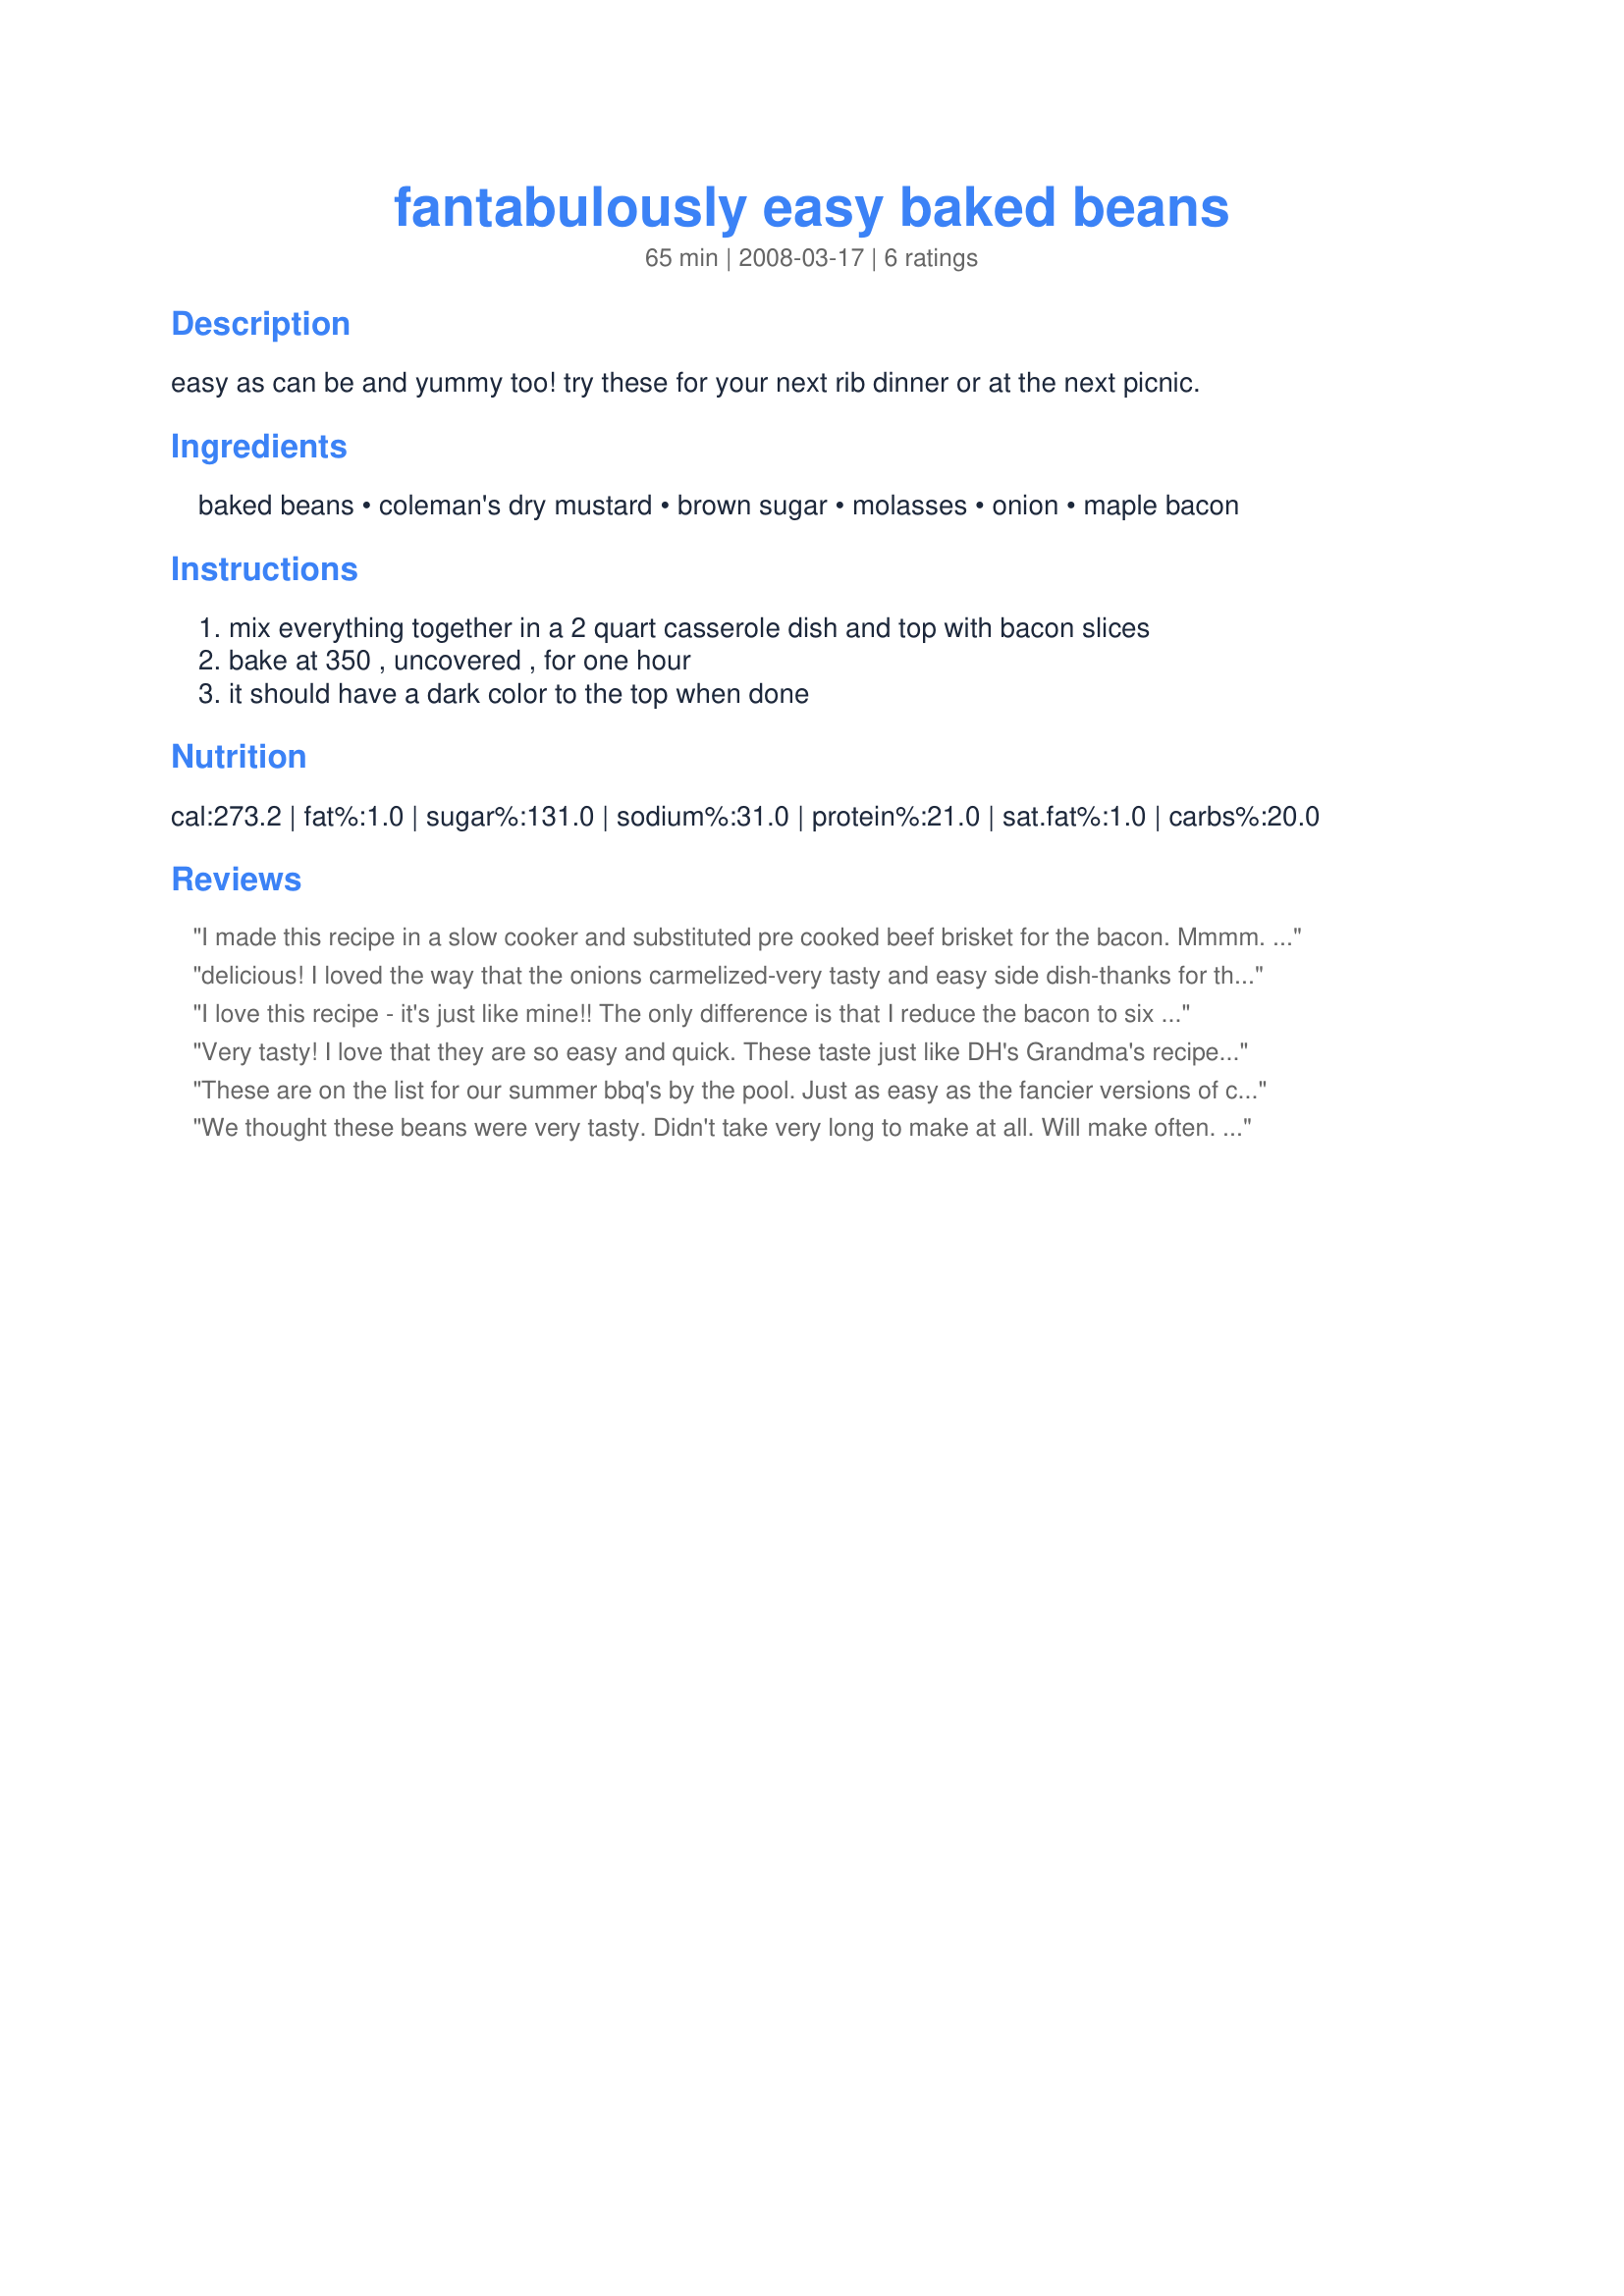
fantabulously easy baked beans
Preparation time: 65 minutes

easy as can be and yummy too! try these for your next rib dinner or at the next picnic.

Ingredients:
baked beans, coleman's dry mustard, brown sugar, molasses, onion, maple bacon

Steps:
mix everything together in a 2 quart casserole dish and top with bacon slices, bake at 350 , uncovered , for one hour, it should have a dark color to the top when done

Reviews:
I made this recipe in a slow cooker and substituted pre cooked beef brisket for the bacon. Mmmm. Doubled the recipe for a picnic and it was a HUGE hit. Best tasting beans I&#039;ve ever had!
delicious! I loved the way that the onions carmelized-very tasty and easy side dish-thanks for the great recipe-will make again.
I love this recipe - it's just like mine!! The only difference is that I reduce the bacon to six slices. (I use Oscar Mayer smoked bacon, but maple sounds VERY tempting.) One year I experimented with different types of beans and was very disappointed. So, stay with Bush's Original Baked Beans and you can't go wrong. Many recipes call for diced bacon and mixing it with the beans and I've tried that before, but topping the beans with full bacon slices allows that smoky flavor to permeate the beans perfectly. Many thanks for reminding me how good these are!!
Very tasty! I love that they are so easy and quick. These taste just like DH's Grandma's recipe. I omitted the bacon and added a tablespoon of maple syrup instead. My toddler had seconds!
These are great heated or cold.
These are on the list for our summer bbq's by the pool. Just as easy as the fancier versions of canned and equally as tasty. I'll be making this again and again. My 6yo proclaimed this is her favorite way to eat beans ! Thanks for posting :)
We thought these beans were very tasty. Didn't take very long to make at all. Will make often. Thanks for posting this recipe.
